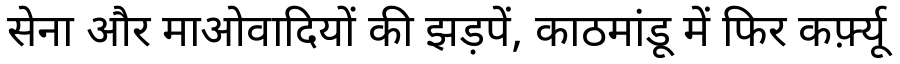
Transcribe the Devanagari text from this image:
सेना और माओवादियों की झड़पें, काठमांडू में फिर कर्फ़्यू